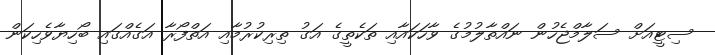
ސިޓީއަށް ސަލާމްޖެހުން ނައްތާލުމުގެ ވާހަކައާއި ތަކެތީގެ އަގު ތިރިކުރުމާއި އަތްފޯރާ އަގެއްގައި ބޯހިޔާވެހިކަން